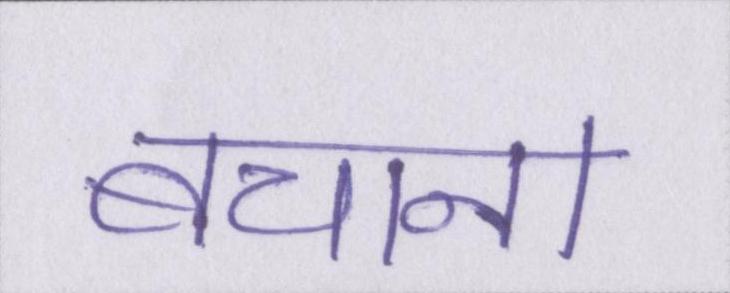
बचाना